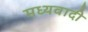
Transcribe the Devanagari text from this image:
मध्यवादी